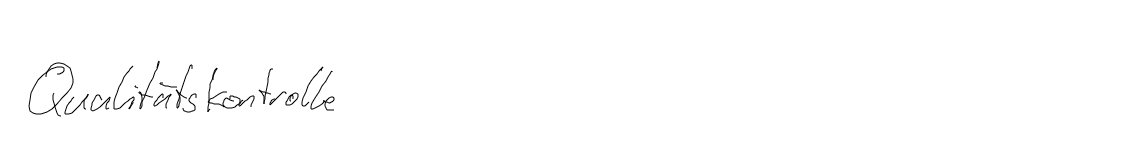
Qualitätskontrolle